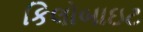
કિલોબાઇટ